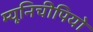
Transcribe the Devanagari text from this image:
म्यूनिचीपियो